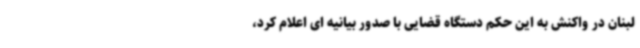
لبنان در واکنش به این حکم دستگاه قضایی با صدور بیانیه ای اعلام کرد،